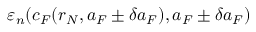
\varepsilon _ { n } ( c _ { F } ( r _ { N } , a _ { F } \pm \delta a _ { F } ) , a _ { F } \pm \delta a _ { F } )